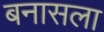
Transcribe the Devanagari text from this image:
बनासला